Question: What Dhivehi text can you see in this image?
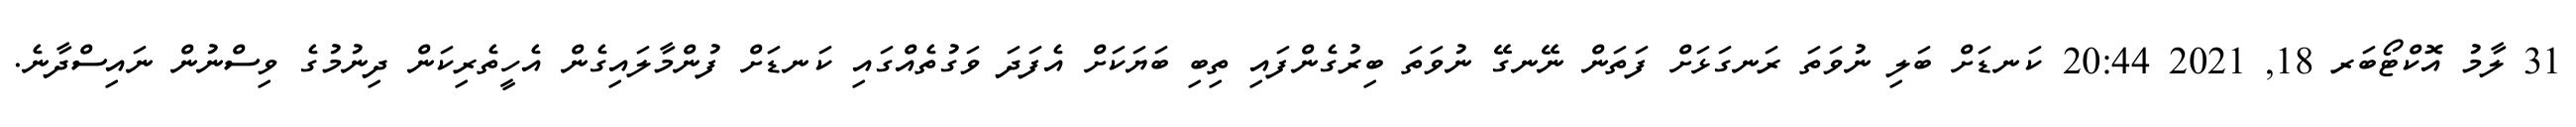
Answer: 31 ލާމު އޮކްޓޯބަރ 18, 2021 20:44 ކަނޑަށް ބަލި ނުވަތަ ރަނގަޅަށް ފަތަން ނޭނގޭ ނުވަތަ ބިރުގެންފައި ތިބި ބަޔަކަށް އެފަދަ ވަގުތެއްގައި ކަނޑަށް ފުންމާލައިގެން އެހީތެރިކަން ދިނުމުގެ ވިސްނުން ނައިސްދާނެ.